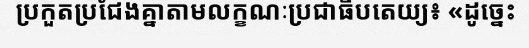
ប្រកួតប្រជែងគ្នាតាមលក្ខណៈប្រជាធិបតេយ្យ៖ «ដូច្នេះ